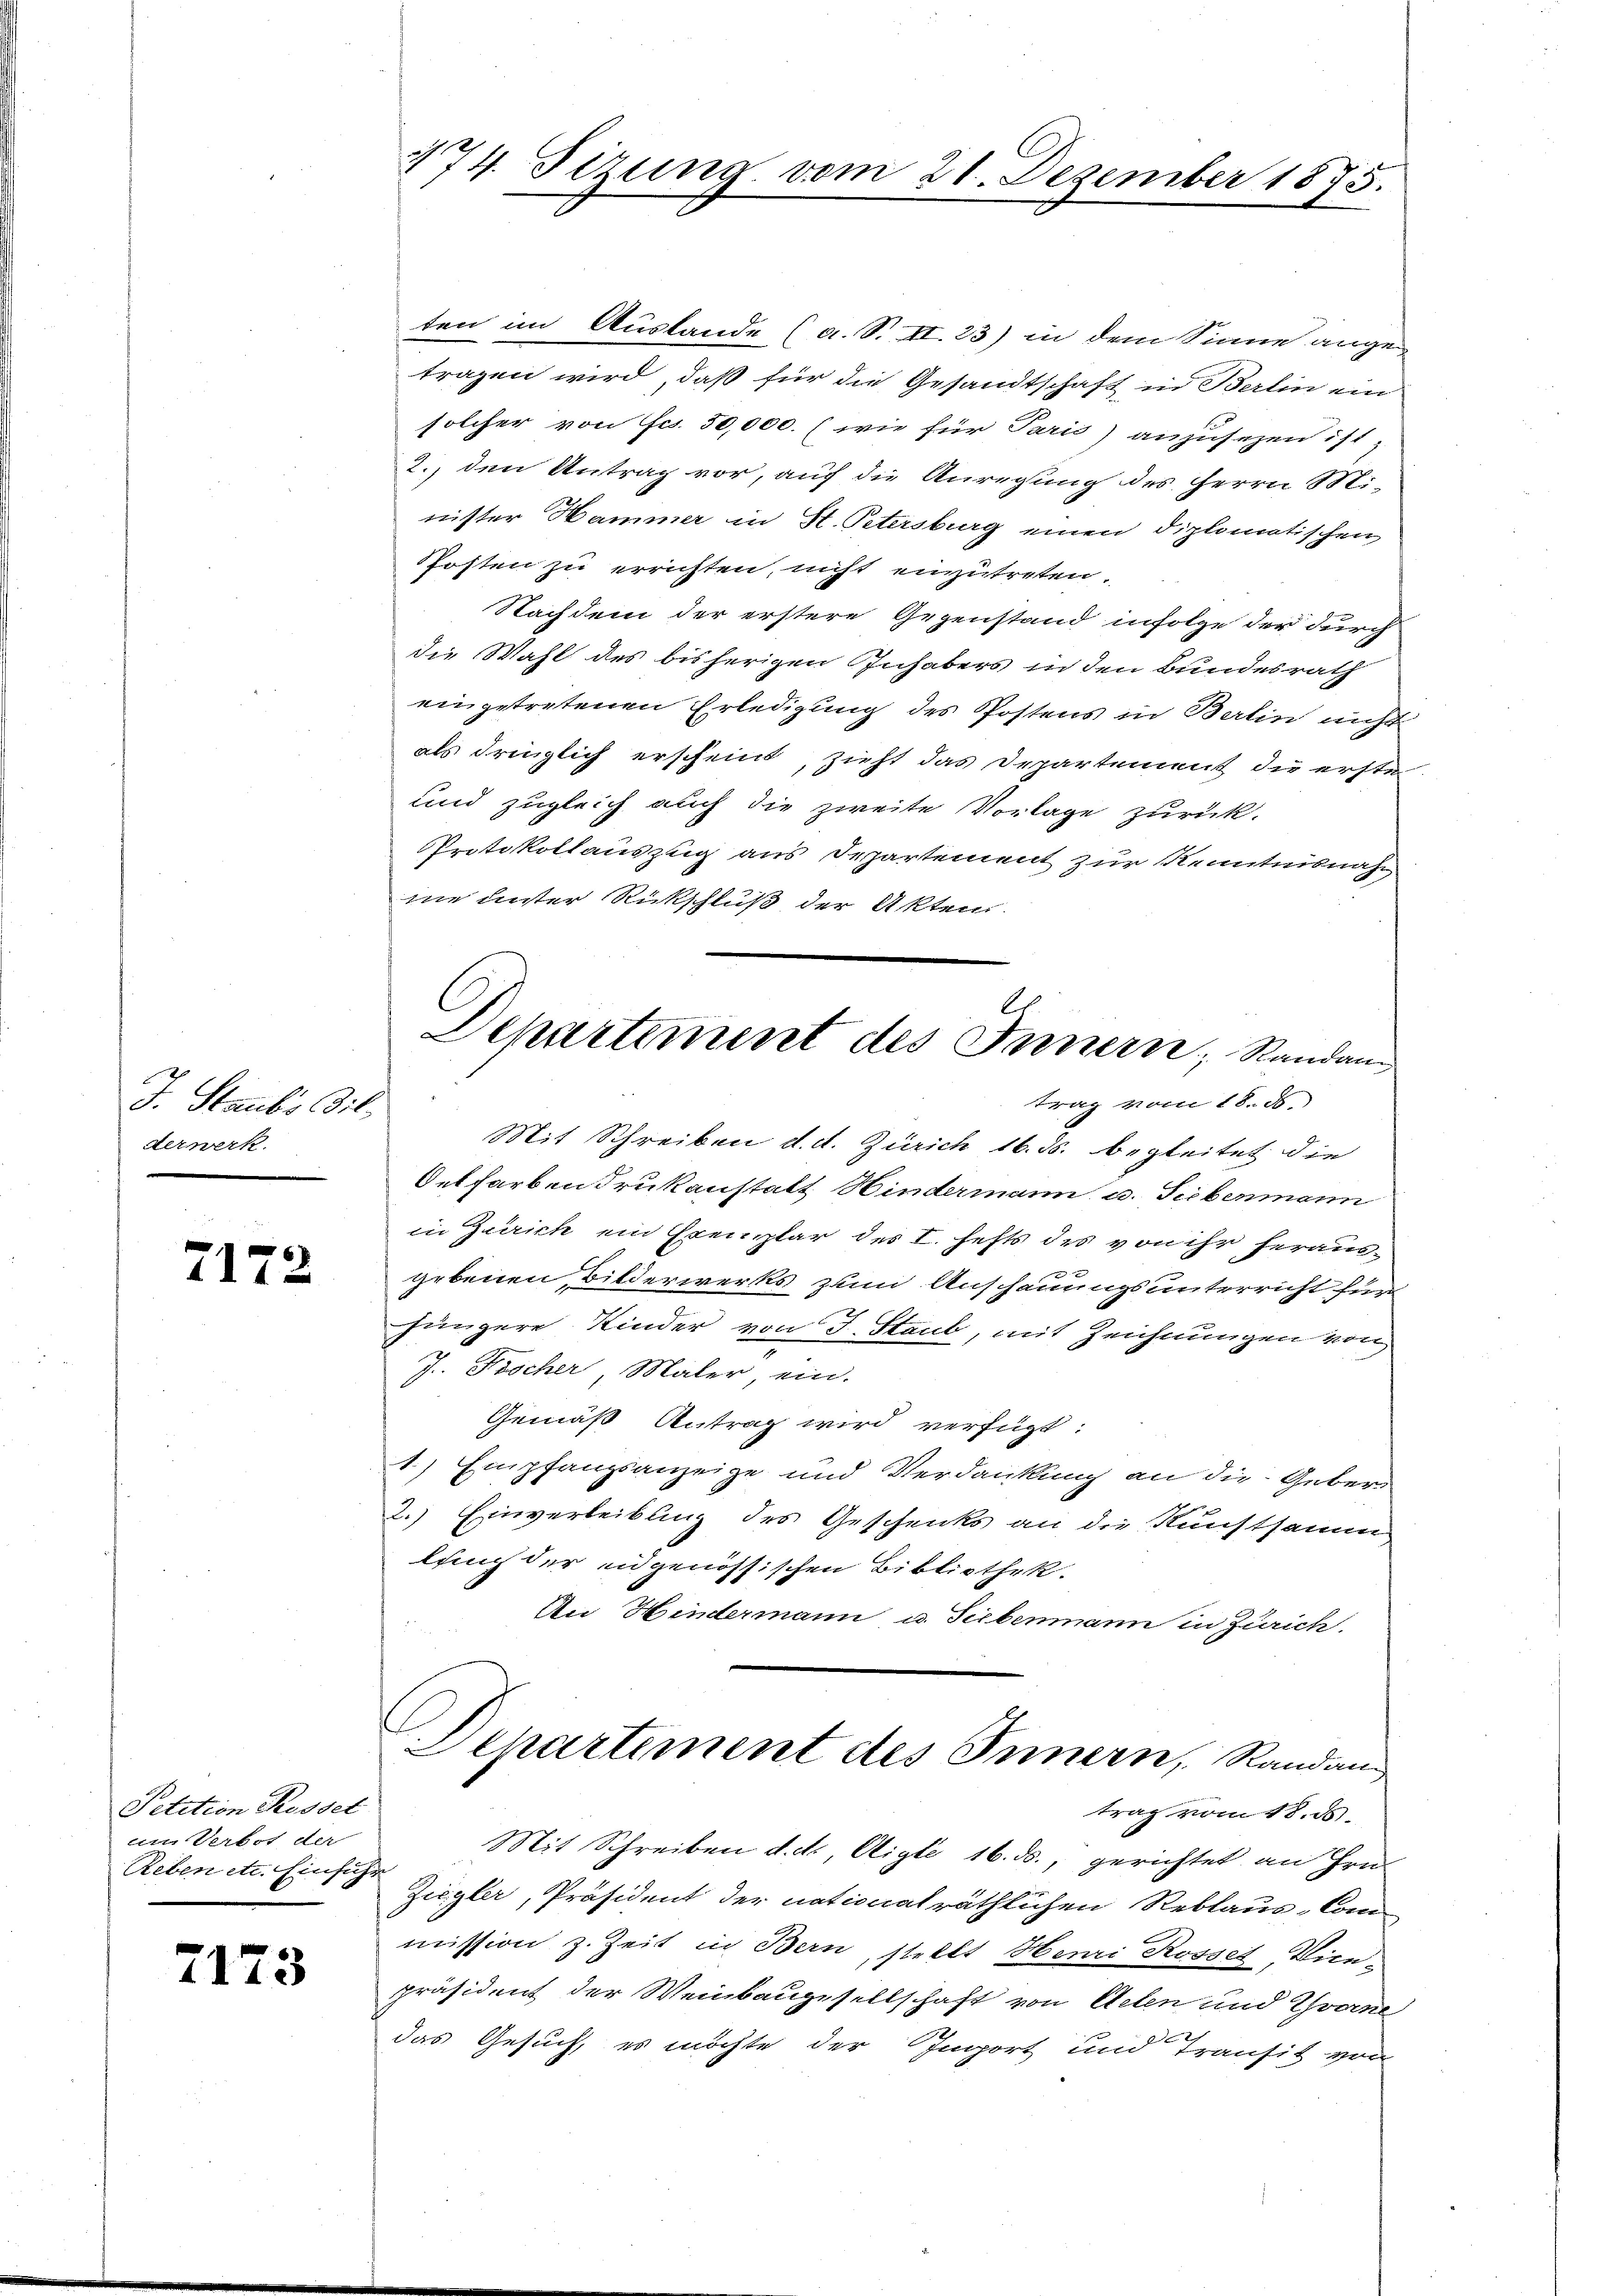
J. Staubs Dit.
derwerk.

7172

Petition Rosset
um Verbot der
Reben etc. Einführ

7173

ten im Auslande (a. S. II. 23) in dem Sinne angetragen wird, daß für die Gesandtschaft in Berlin ein
solcher von Fr. 50,000. (wie für Paris anzusezen ist
2., den Antrag vor, auf die Anregung des Herrn Mi-
nister Hammer in St. Petersburg einen diplomatischen
Pfosten zu errichten, nicht einzutreten.
Nachdem der erstere Gegenstand infolge der durch
die Wahl des bisherigen Inhabers in den Bundesrath
eingetretenen Erledigung des Postens in Berlin nicht
als dringlich erscheint, zieht das Departement die erste
und zugleich auch die zweite Vorlage zurück.
Protokollauszug aus Departement zur Kenntnisnah
ne unter Rückschluß der Akten
trag vom 18. ds.
Mit Schreiben d. d. Zürich 16. 15. begleitet die
Oetfarben drukanstatt Hindermann u. Siebenmann
in Zürich ein Exemplar des I. hefts des von ihr herausx
gebenen, Bilderwerks zum Anschauungsunterricht für
Jüngere Kinder von J. Staub, mit Zeichnungen von
J. Fischer Maler ein.
Gemäß Antrag wird verfügt:
1) Empfangsanzeige und Verdankung an die Geber

2.) Einverleibung des Geschenks an die Kunstsamm
lung der eidgenössischen Bibliothek.
An Hindermann u. Siebenmann in Zürich
Departement des Innern, Randang
trag vom 18. ds.
Mit Schreiben d. d, Aigle 16. ds., gerichtet an Hrn.
Ziegler, Präsident der nationalräthlichen Reblaus, Com-
mission z. Zeit in Bern, stellt Henri Rosses, Vice-
präsident der Weinbaugesellschaft von Acten und Yvane
das Gesuch, es möchte der Emport und Transit von

174. Sizung vom 21. Dezember 1875.

Departement des Innern, Randam